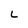
Character: L